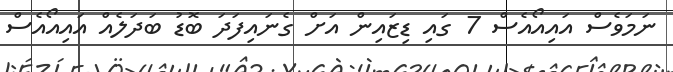
ނަމަވެސް އައިއޯއެސް 7 ގައި ޑިޒައިން އަށް ގެނައިފަދަ ބޮޑު ބަދަލެއް އައިއޯއެސް